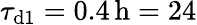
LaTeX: \tau_{\mathrm{d1}}=0.4\, \mathrm{h}=24